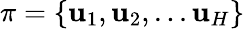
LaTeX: \pi=\{ \mathbf{u}_{1},\mathbf{u}_{2},...\mathbf{u}_{H}\}